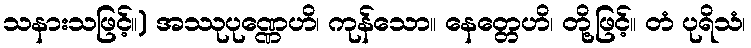
သနားသဖြင့်။) အဿုပုဏ္ဏေဟိ၊ ကုန်သော။ နေတ္တေဟိ၊ တို့ဖြင့်။ တံ ပုရိသံ၊